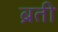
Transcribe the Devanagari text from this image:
ब्रती